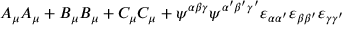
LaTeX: A _ { \mu } A _ { \mu } + B _ { \mu } B _ { \mu } + C _ { \mu } C _ { \mu } + \psi ^ { \alpha \beta \gamma } \psi ^ { \alpha ^ { \prime } \beta ^ { \prime } \gamma ^ { \prime } } \varepsilon _ { \alpha \alpha ^ { \prime } } \varepsilon _ { \beta \beta ^ { \prime } } \varepsilon _ { \gamma \gamma ^ { \prime } }